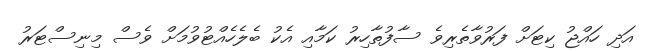
އަދި ހައްޖު ކިޓަށް ފަރުވާތެރިވެ ސާފުތާހިރު ކަމާއި އެކު ބެލެހެއްޓުވުމަށް ވެސް މިނިސްޓަރު